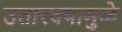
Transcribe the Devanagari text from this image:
उतारवयामुळे